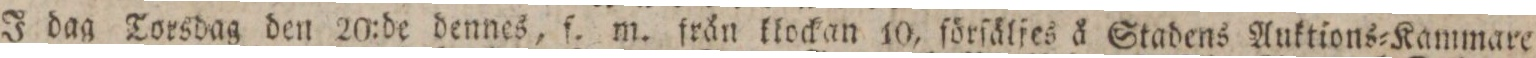
J dag Torsdag den 20:de dennes, f. m. från klockan 10, förſäljes å Stadens Auktions=Kammare,